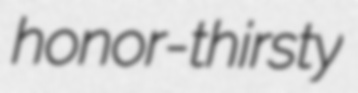
honor-thirsty